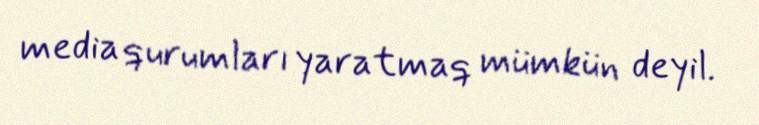
media qurumları yaratmaq mümkün deyil.